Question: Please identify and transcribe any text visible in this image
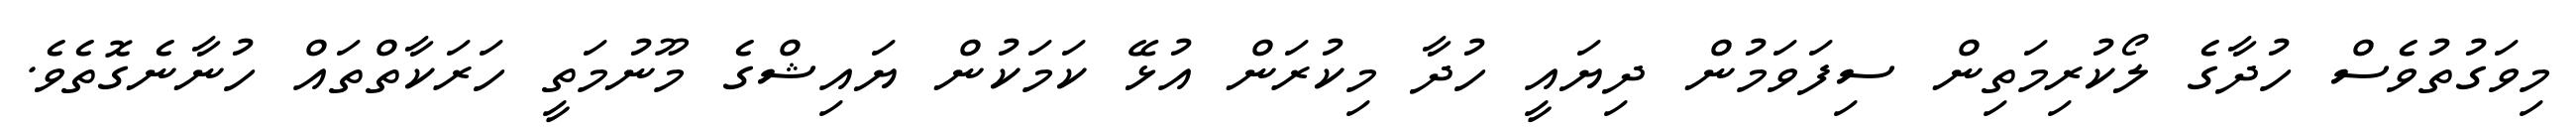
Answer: މިވަގުތުވެސް ހުދާގެ ލޯކުރިމަތިން ސިފަވަމުން ދިޔައީ ހުދާ މިކުރަން އުޅޭ ކަމަކުން ޔައިޝްގެ މޫނުމަތީ ހަރަކާތްތައް ހުނާނެގޮތެވެ.